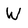
Character: W